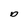
Character: O